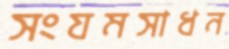
সংযমসাধন